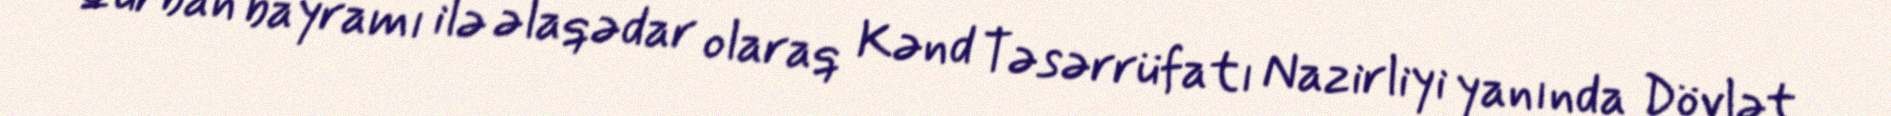
Qurban bayramı ilə əlaqədar olaraq Kənd Təsərrüfatı Nazirliyi yanında Dövlət